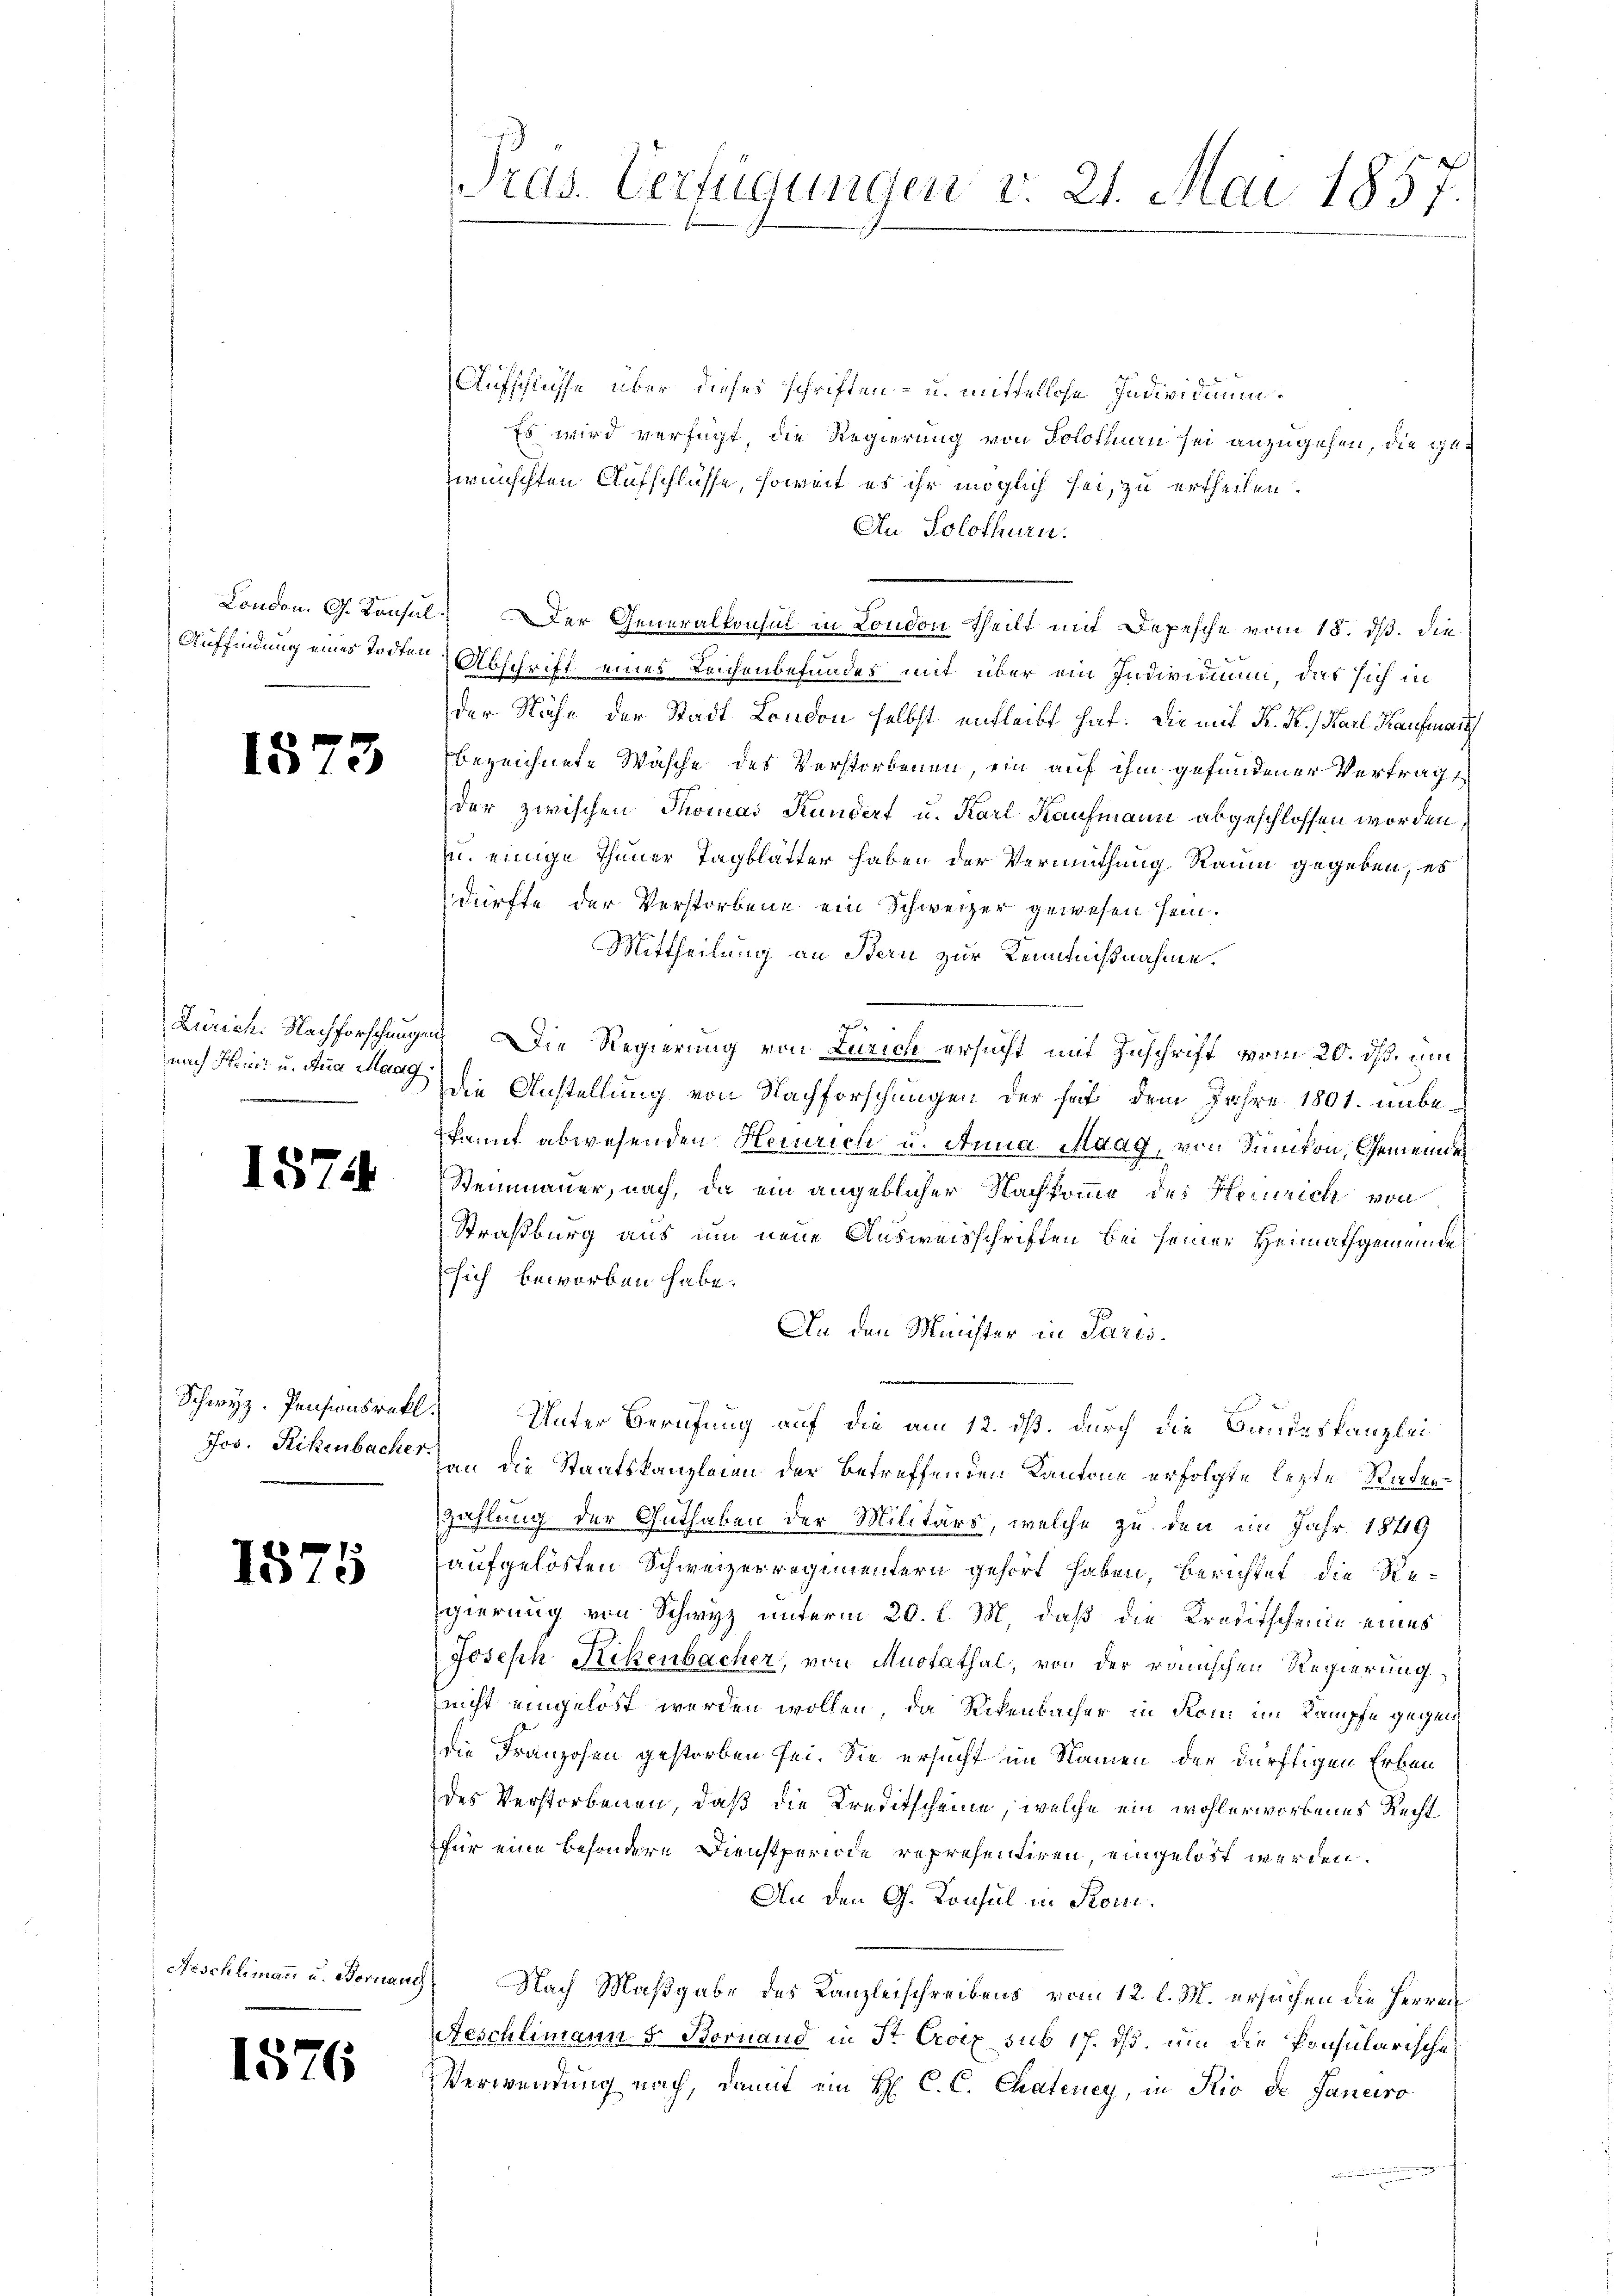
1573

nach Hrier- u. Ana Maag,

1574

Schwyz. Pensionsrath.
Jos. Rikenbacher.

1575

1576

Aeschlimann u. Bornang

Pras. Verfügungen v. 21. Mai 1857.

Aufschlusse über dieses schriften - u. mittellose Individuum.
Es wird verfügt, die Regierung von Solothurn sei anzugehen, die gewünschten Aufschlüsse, soweit es ihr möglich sei, zu ertheilen.
An Solothurn.
London. G. Konsul Der Generalkonsul in London Theilt mit Depesche vom 18. dß. die
Auffindung eines Todten-Abschrift eines Leichenbefundes mit über ein Individuum, das sich in
der Nähe der Stadt London selbst entleibt hat. Die mit K. K. Karl Kaufman
bezeichnete Wäsche des Verstorbenen, ein auf ihm gefundener Vertrag
der zwischen Thomas Kundert u. Karl Kaufmann abgeschlossen worden,
u. einige Thuner Tagblätter haben der Vermuthung Raum gegeben, es
dürfte der Verstorbene ein Schweizer gewesen sein.
Mittheilung an Bern zur Kenntnißnahme.
2
Lurich. Nachforschungen. Die Regierung von Zürich ersucht mit Zuschrift vom 20. ds. um
Die Anstellung von Nachforschungen der hat dem Jahre 1801. unbekannt abwesenden Heinrich u. Anna Maag, von Sünikon, Gemeinde
Steinmauer, nach, da ein angeblicher Nachkomme des Heinrich von
Straßburg aus um neue Ausweisschriften bei seiner Heimathgemeinde
sich beworben habe.
An den Minister in Paris.
u
Unter Berufung auf die am 12. dß, durch die Bandeskanzlei
an die Staatskanzleien der betreffenden Kantone erfolgte lezte Raten
zahlung der Guthaben der Militärs, welche zu den im Jahr 1849
aufgelösten Schweizerregimentern gehört haben, berichtet die Regierung von Schwyz unterm 20. l. M., daß die Kreditscheine eines
Joseph Rikenbacher, von Muotathal, von der römischen Regierung
nicht eingelöst werden wollen, da Rikenbacher in Rom im Kampfe gegendie Franzosen gestorben sei. Sie ersucht im Namen der dürftigen Erben
des Verstorbenen, daß die Kreditscheine, welche ein wohlerworbenes Recht
für eine besondere Dienstperiode representiren, eingelöst werden.
An den G. Konsul in Kon¬
Nach Maßgabe des Kanzleischreibens vom 12. l. M. ersuchen die Herren
Aeschlimann 5 Bornaud in St. Croix sub 17. ds. um die Konsularische
Verwendung nach, damit ein H. C. C. Chateney, in Rio de Janeiro